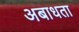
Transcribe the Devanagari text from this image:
अबाधता